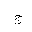
Letter: _gim